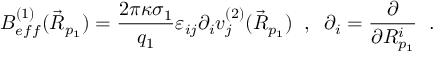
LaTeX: B _ { e f f } ^ { ( 1 ) } ( \vec { R } _ { p _ { 1 } } ) = \frac { 2 \pi \kappa \sigma _ { 1 } } { q _ { 1 } } \varepsilon _ { i j } \partial _ { i } v _ { j } ^ { ( 2 ) } ( \vec { R } _ { p _ { 1 } } ) \; \; , \; \; \partial _ { i } = \frac { \partial } { \partial R _ { p _ { 1 } } ^ { i } } \; \; .